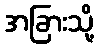
အခြားသို့